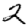
Digit: 2